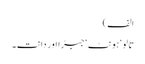
الف)
تالو‘ ہونٹ‘ جبڑا اور دانت۔